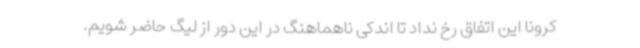
کرونا این اتفاق رخ نداد تا اندکی ناهماهنگ در این دور از لیگ حاضر شویم.